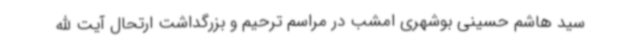
سید هاشم حسینی بوشهری امشب در مراسم ترحیم و بزرگداشت ارتحال آیت الله